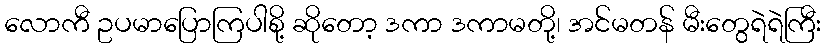
လောကီ ဥပမာပြောကြပါစို့ ဆိုတော့ ဒကာ ဒကာမတို့၊ အင်မတန် မီးတွေရဲရဲကြီး